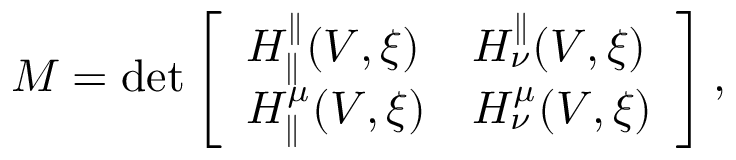
M = \operatorname* { d e t } \left[ \begin{array} { l l } { H _ { \parallel } ^ { \parallel } ( V , \xi ) } & { H _ { \nu } ^ { \parallel } ( V , \xi ) } \\ { H _ { \parallel } ^ { \mu } ( V , \xi ) } & { H _ { \nu } ^ { \mu } ( V , \xi ) } \end{array} \right] ,